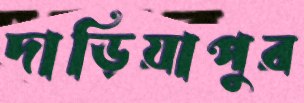
দাড়িয়াপুর